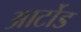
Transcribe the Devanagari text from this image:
आर्टोड